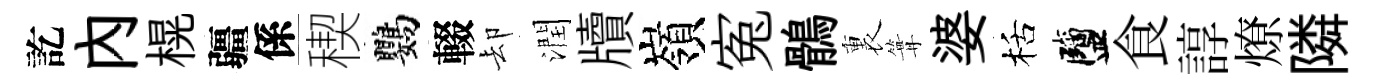
訖内榥疆係稧鸚輟却潤牘嶺寃鶻裏篝婆栝鹽食諄燎隣